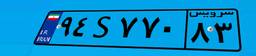
۹۴S۷۷۰۸۳